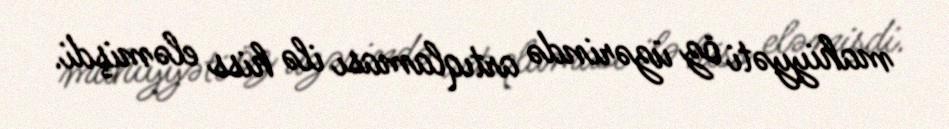
mahiyyəti öz üzərində artıqlaması ilə hiss eləmişdi.